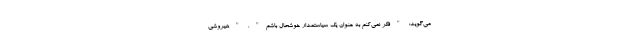
می‌گوید: "فکر نمی‌کنم به عنوان یک سیاستمدار خوشحال باشم". "هیروشی